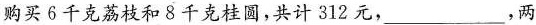
购买6千克荔枝和8千克桂圆，共计312元，___，两